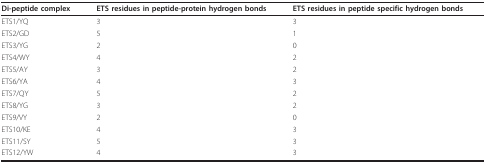
<table><thead><tr><td><b>Di-peptide complex</b></td><td><b>ETS residues in peptide-protein hydrogen bonds</b></td><td><b>ETS residues in peptide specific hydrogen bonds</b></td></tr></thead><tbody><tr><td>ETS1/YQ</td><td>3</td><td>3</td></tr><tr><td>ETS2/GD</td><td>5</td><td>1</td></tr><tr><td>ETS3/YG</td><td>2</td><td>0</td></tr><tr><td>ETS4/WY</td><td>4</td><td>2</td></tr><tr><td>ETS5/AY</td><td>3</td><td>2</td></tr><tr><td>ETS6/YA</td><td>4</td><td>3</td></tr><tr><td>ETS7/QY</td><td>5</td><td>2</td></tr><tr><td>ETS8/YG</td><td>3</td><td>2</td></tr><tr><td>ETS9/VY</td><td>2</td><td>0</td></tr><tr><td>ETS10/KE</td><td>4</td><td>3</td></tr><tr><td>ETS11/SY</td><td>5</td><td>3</td></tr><tr><td>ETS12/YW</td><td>4</td><td>3</td></tr></tbody></table>